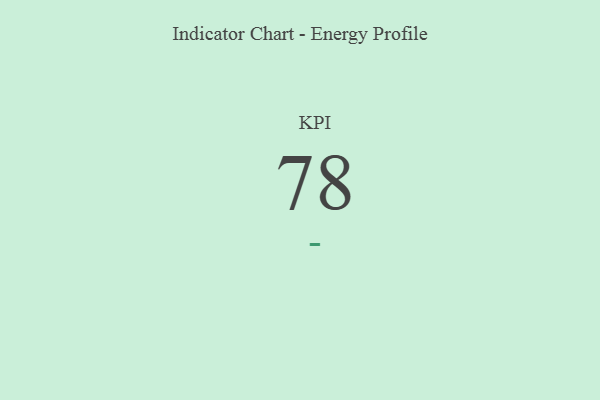
{"axis": {"x": "KPI", "y": "Value"}, "legend": [""], "data": [{"x": "KPI", "y": 78, "type": ""}]}